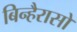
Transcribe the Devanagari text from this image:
बिन्हैरासो